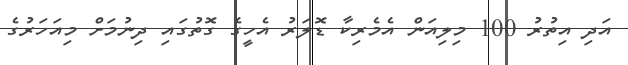
އަދި އިތުރު 100 މިލިއަން އެމެރިކާ ޑޮލަރު އެހީގެ ގޮތުގައި ދިނުމަށް މިއަހަރުގެ